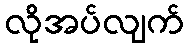
လိုအပ်လျက်